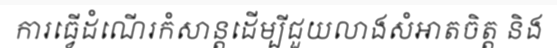
ការធ្វើដំណើរកំសាន្តដើម្បីជួយលាងសំអាតចិត្ត និង